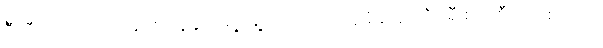
ဒီသီတင်းပတ်ထဲမှာ စပိန်နိုင်ငံရဲ့ မြို့တော်မှာ အပူချိန် ၄၄ ဒီဂရီ စဲလ်စီးယပ်စ်အထိ